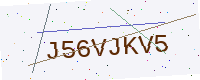
Text: J56VJKV5